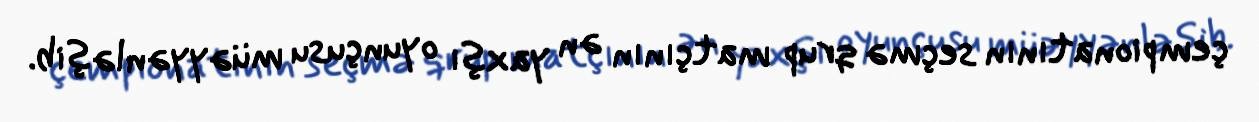
çempionatının seçmə qrup matçının ən yaxşı oyunçusu müəyyənləşib.